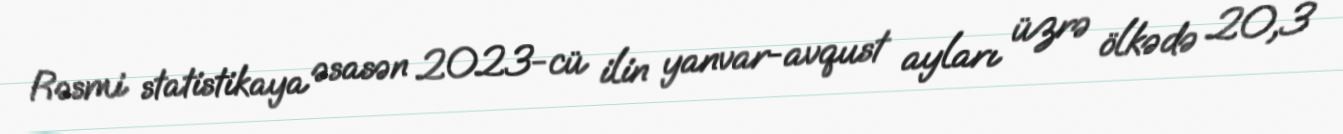
Rəsmi statistikaya əsasən 2023-cü ilin yanvar-avqust ayları üzrə ölkədə 20,3